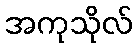
အကုသိုလ်